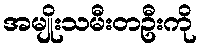
အမျိုးသမီးတဦးကို